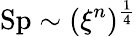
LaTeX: \mathrm{Sp}\sim(\xi^{n})^{\frac{1}{4}}